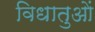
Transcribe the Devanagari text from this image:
विधातुओं